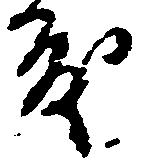
度